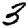
Digit: 3